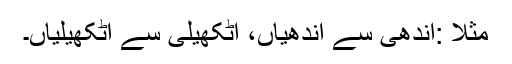
مثلاً :آندھی سے آندھیاں، اٹکھیلی سے اٹکھیلیاں۔